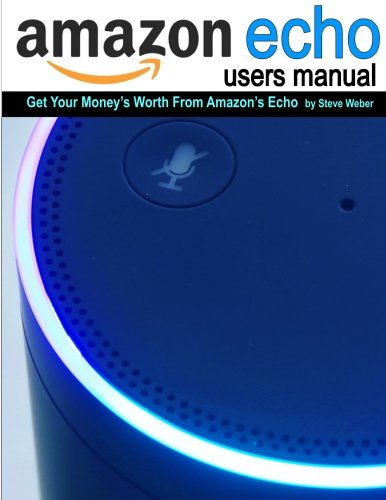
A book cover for Echo Users Manual: Get Your Money's Worth From Amazon's Echo; Steve Weber; Computers & Technology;